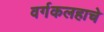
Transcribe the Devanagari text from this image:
वर्गकलहाचे